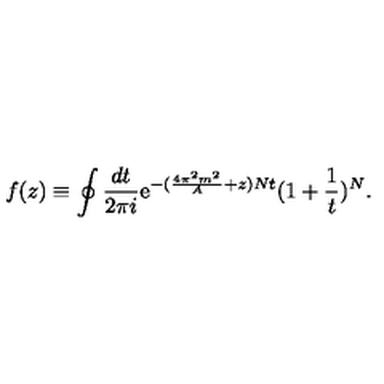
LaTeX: f ( z ) \equiv \oint \frac { d t } { 2 \pi i } \mathrm { e } ^ { - ( \frac { 4 \pi ^ { 2 } m ^ { 2 } } { A } + z ) N t } ( 1 + \frac { 1 } { t } ) ^ { N } .